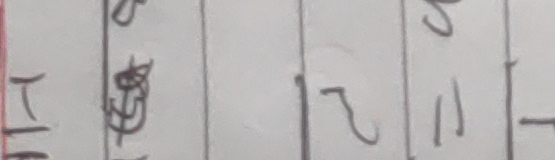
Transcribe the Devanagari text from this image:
टि छु १ २ ११ -